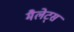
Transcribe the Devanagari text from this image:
मैलेट्स